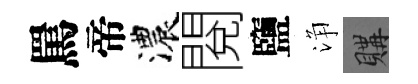
罵帝濃閱鹽浄購